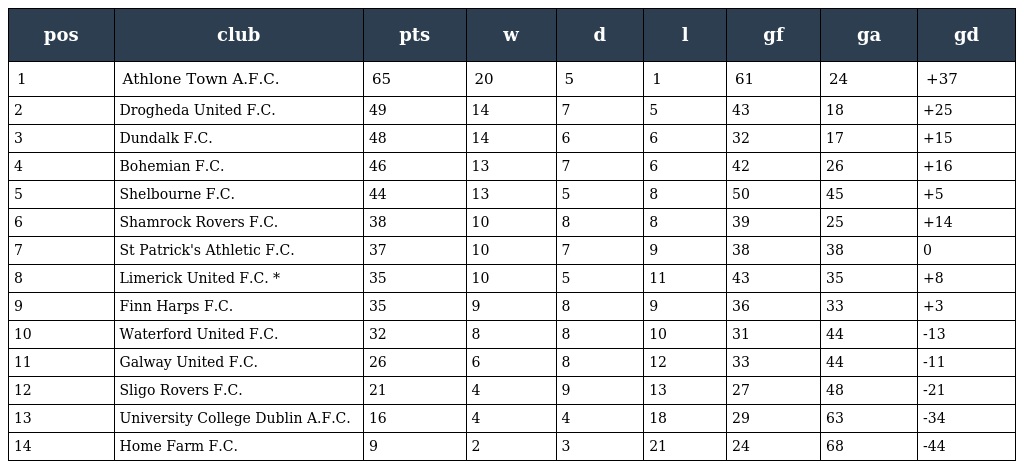
| pos | club | pts | w | d | l | gf | ga | gd |
 | --- | --- | --- | --- | --- | --- | --- | --- | --- |
 | 1 | Athlone Town A.F.C. | 65 | 20 | 5 | 1 | 61 | 24 | +37 |
 | 2 | Drogheda United F.C. | 49 | 14 | 7 | 5 | 43 | 18 | +25 |
 | 3 | Dundalk F.C. | 48 | 14 | 6 | 6 | 32 | 17 | +15 |
 | 4 | Bohemian F.C. | 46 | 13 | 7 | 6 | 42 | 26 | +16 |
 | 5 | Shelbourne F.C. | 44 | 13 | 5 | 8 | 50 | 45 | +5 |
 | 6 | Shamrock Rovers F.C. | 38 | 10 | 8 | 8 | 39 | 25 | +14 |
 | 7 | St Patrick's Athletic F.C. | 37 | 10 | 7 | 9 | 38 | 38 | 0 |
 | 8 | Limerick United F.C. * | 35 | 10 | 5 | 11 | 43 | 35 | +8 |
 | 9 | Finn Harps F.C. | 35 | 9 | 8 | 9 | 36 | 33 | +3 |
 | 10 | Waterford United F.C. | 32 | 8 | 8 | 10 | 31 | 44 | -13 |
 | 11 | Galway United F.C. | 26 | 6 | 8 | 12 | 33 | 44 | -11 |
 | 12 | Sligo Rovers F.C. | 21 | 4 | 9 | 13 | 27 | 48 | -21 |
 | 13 | University College Dublin A.F.C. | 16 | 4 | 4 | 18 | 29 | 63 | -34 |
 | 14 | Home Farm F.C. | 9 | 2 | 3 | 21 | 24 | 68 | -44 |